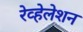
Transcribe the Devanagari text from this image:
रेव्हेलेशन